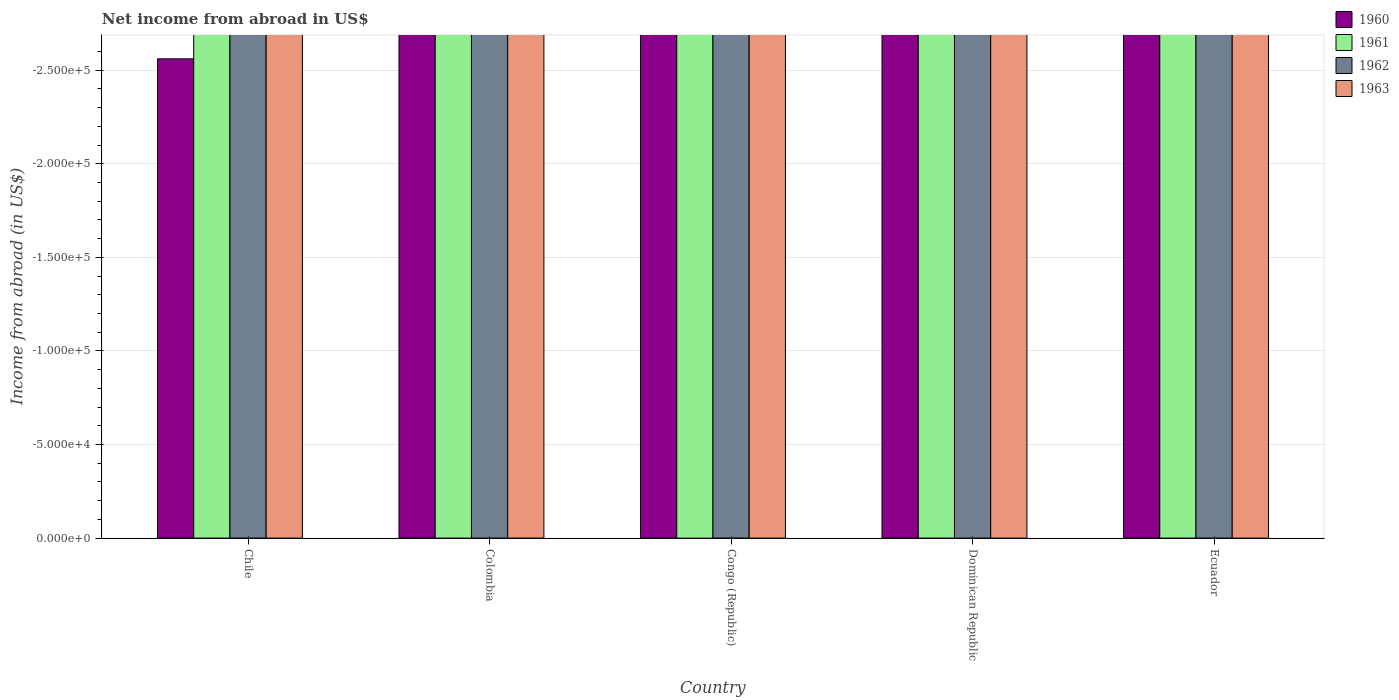
| Country | 1960 | 1961 | 1962 | 1963 |
 | --- | --- | --- | --- | --- |
 | Chile | -2.56e+05 | -2.83e+05 | -2.73e+05 | -4.7e+05 |
 | Colombia | -1.46e+08 | -1.89e+08 | -2.38e+08 | -3.82e+08 |
 | Congo (Republic) | -5.34e+08 | -6.94e+08 | -7.64e+08 | -7.52e+08 |
 | Dominican Republic | -1.01e+07 | -1.86e+07 | -2.16e+07 | -2.03e+07 |
 | Ecuador | -2.16e+07 | -2.55e+07 | -2.38e+07 | -1.78e+07 |